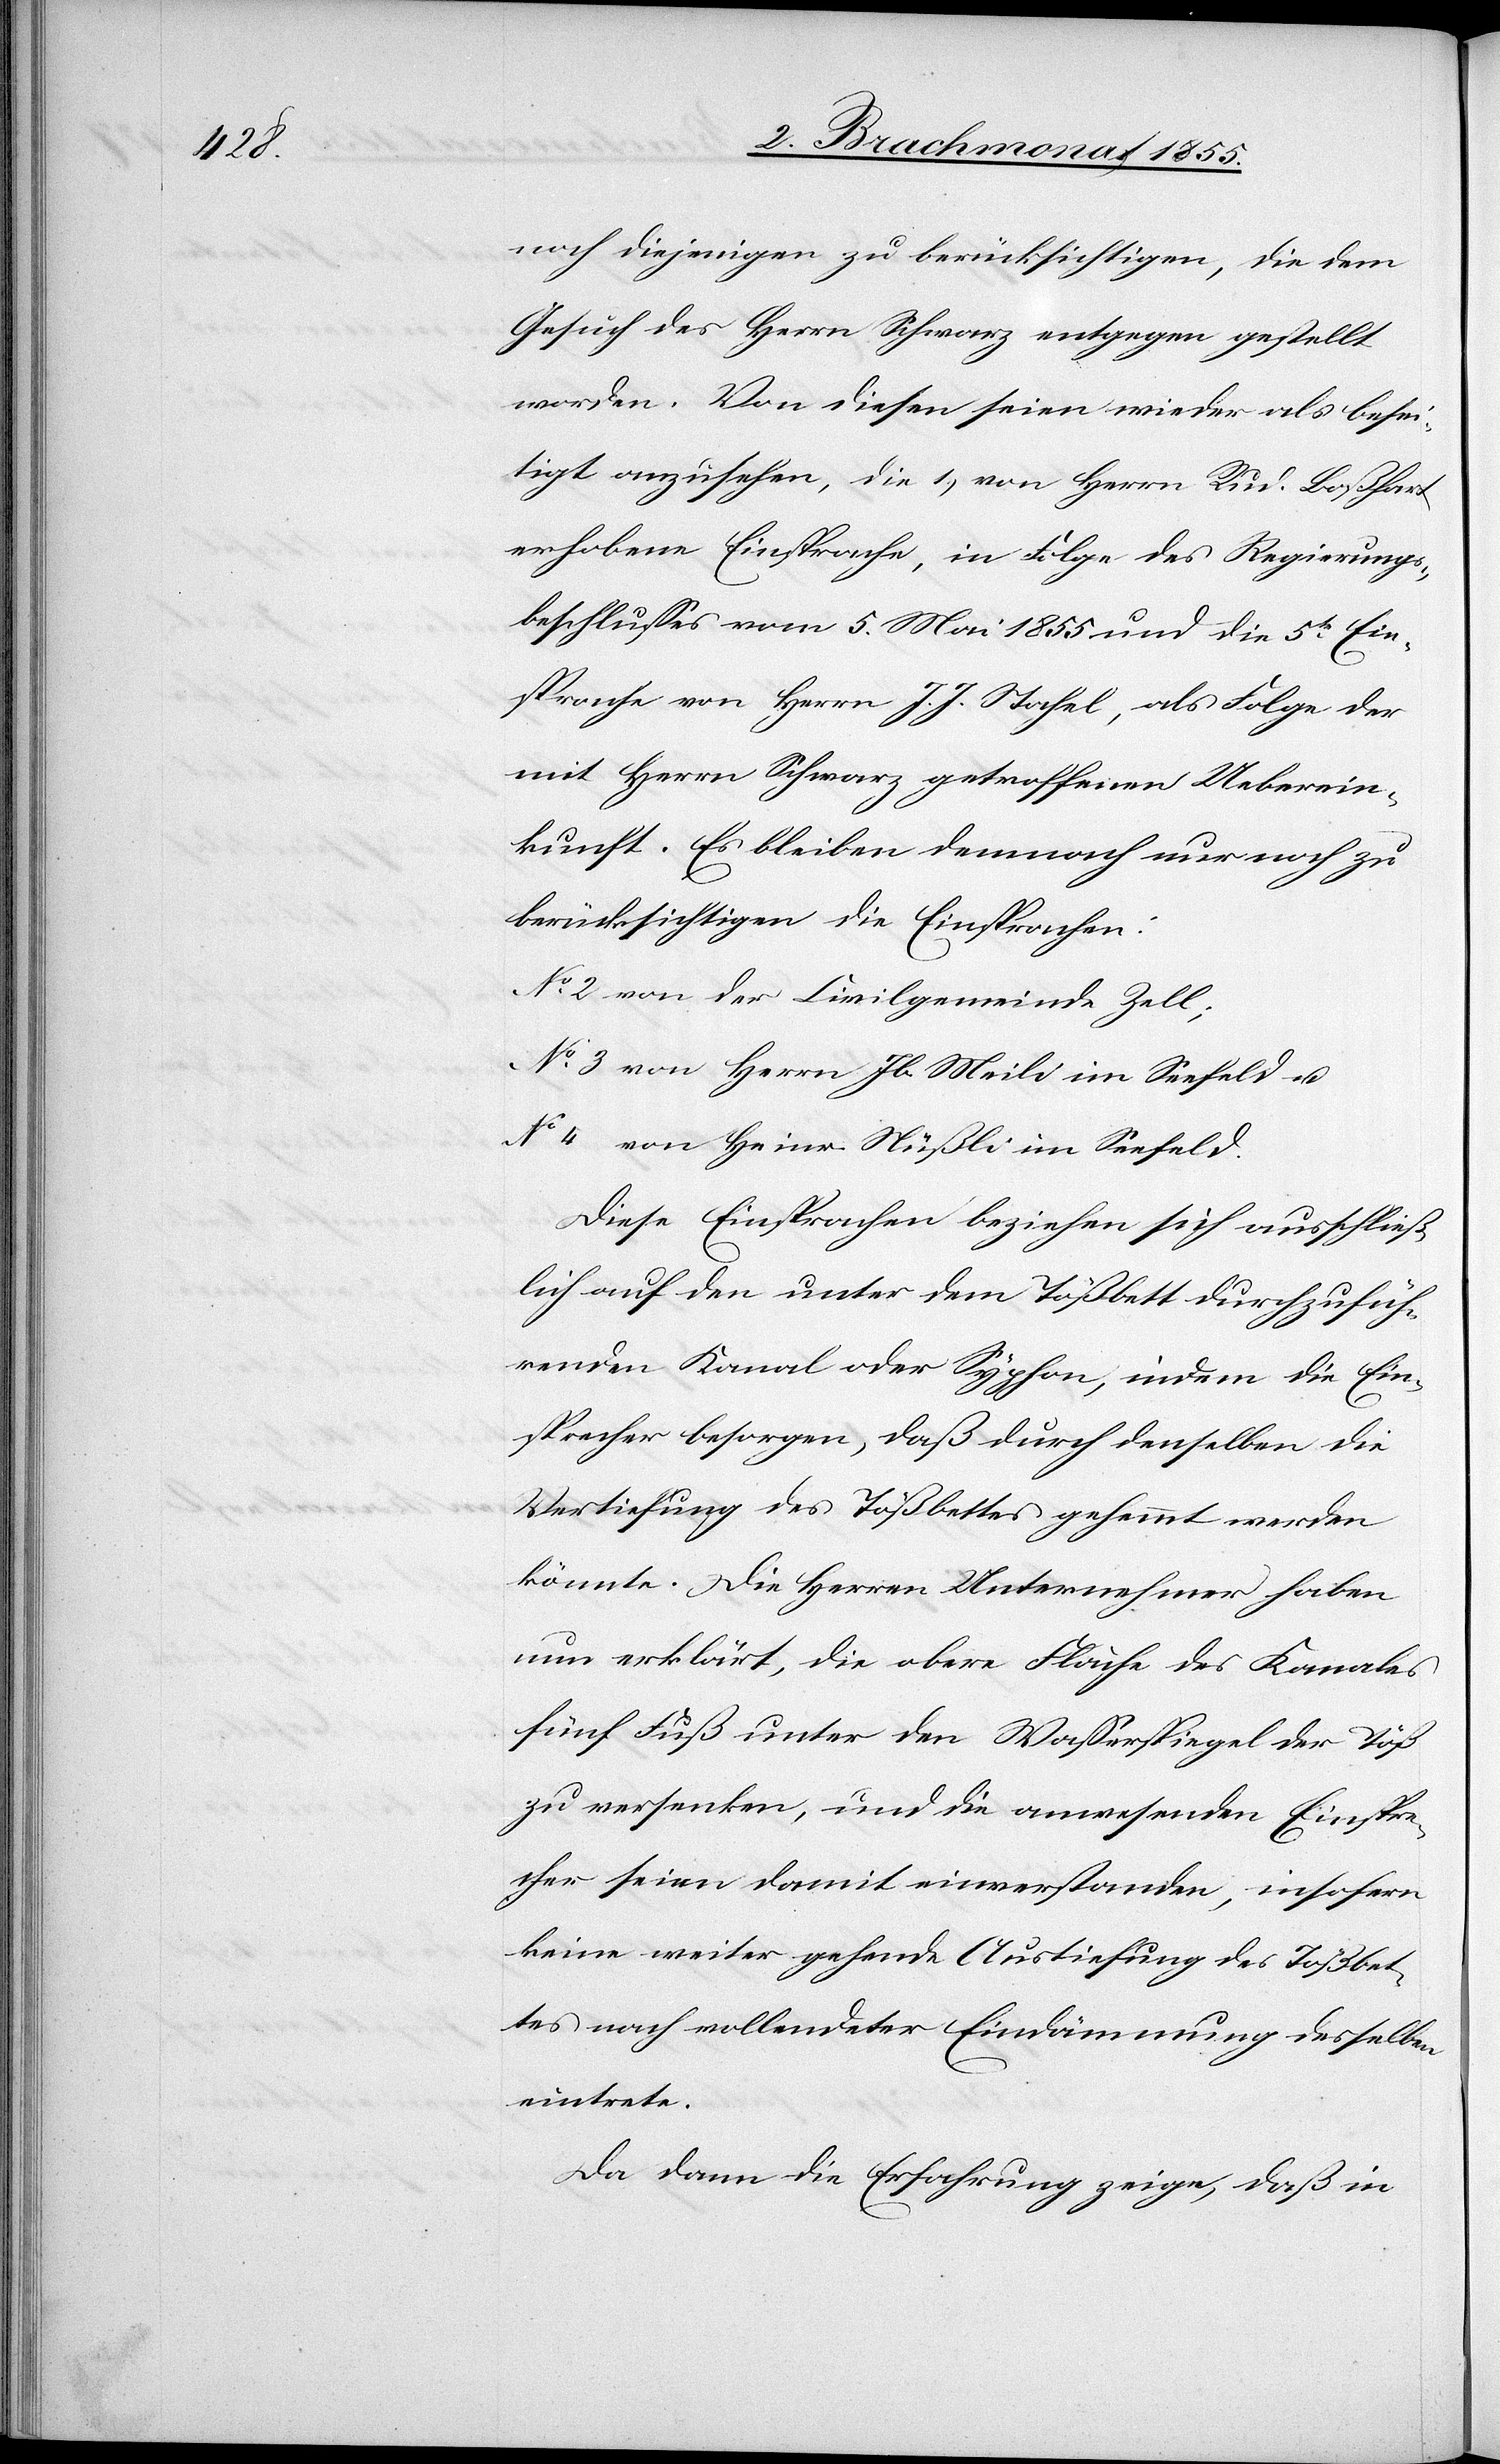
noch diejenigen zu berücksichtigen, die dem
Gesuch des Herrn Schwarz entgegen gestellt
worden. Von diesen seien wieder als besei¬
tigt anzusehen, die 1.) von Herrn Rud. Boßhart
erhobene Einsprache, in Folge des Regierungs¬
beschlusses vom 5. Mai 1855 und die 5te Ein¬
sprache von Herrn J. J. Stahel, als Folge der
mit Herrn Schwarz getroffenen Ueberein¬
kunft. Es bleiben demnach nur noch zu
berücksichtigen die Einsprachen:
No 2 von der Civilgemeinde Zell;
No 3 von Herrn Jb. Meili im Seefeld u.
No 4 von Heinr. Nüßli im Seefeld.
Diese Einsprachen beziehen sich ausschließ¬
lich auf den unter dem Tößbett durchzufüh¬
renden Kanal oder Syphon, indem die Ein¬
sprecher besorgen, daß durch denselben die
Vertiefung des Tößbettes gehemmt werden
könnte. Die Herren Unternehmer haben
nun erklärt, die obere Fläche des Kanales
fünf Fuß unter den Wasserspiegel der Töß
zu versenken, und die anwesenden Einspre¬
cher seien damit einverstanden, insofern
keine weiter gehende Austiefung des Tößbet¬
tes nach vollendeter Eindämmung desselben
eintrete.
Da dann die Erfahrung zeige, daß in